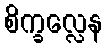
စိက္ခလ္လေန